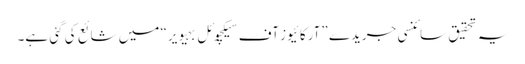
یہ تحقیق سائنسی جریدے ”آرکائیوز آف سیکچوئل بہیویر“ میں شائع کی گئی ہے۔